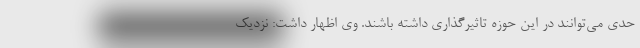
حدی می‌توانند در این حوزه تاثیرگذاری داشته باشند. وی اظهار داشت: نزدیک